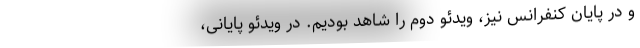
و در پایان کنفرانس نیز، ویدئو دوم را شاهد بودیم. در ویدئو پایانی،